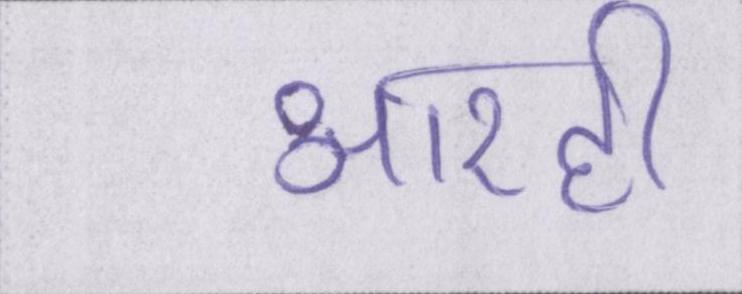
आरही